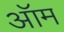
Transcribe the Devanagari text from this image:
ऑम